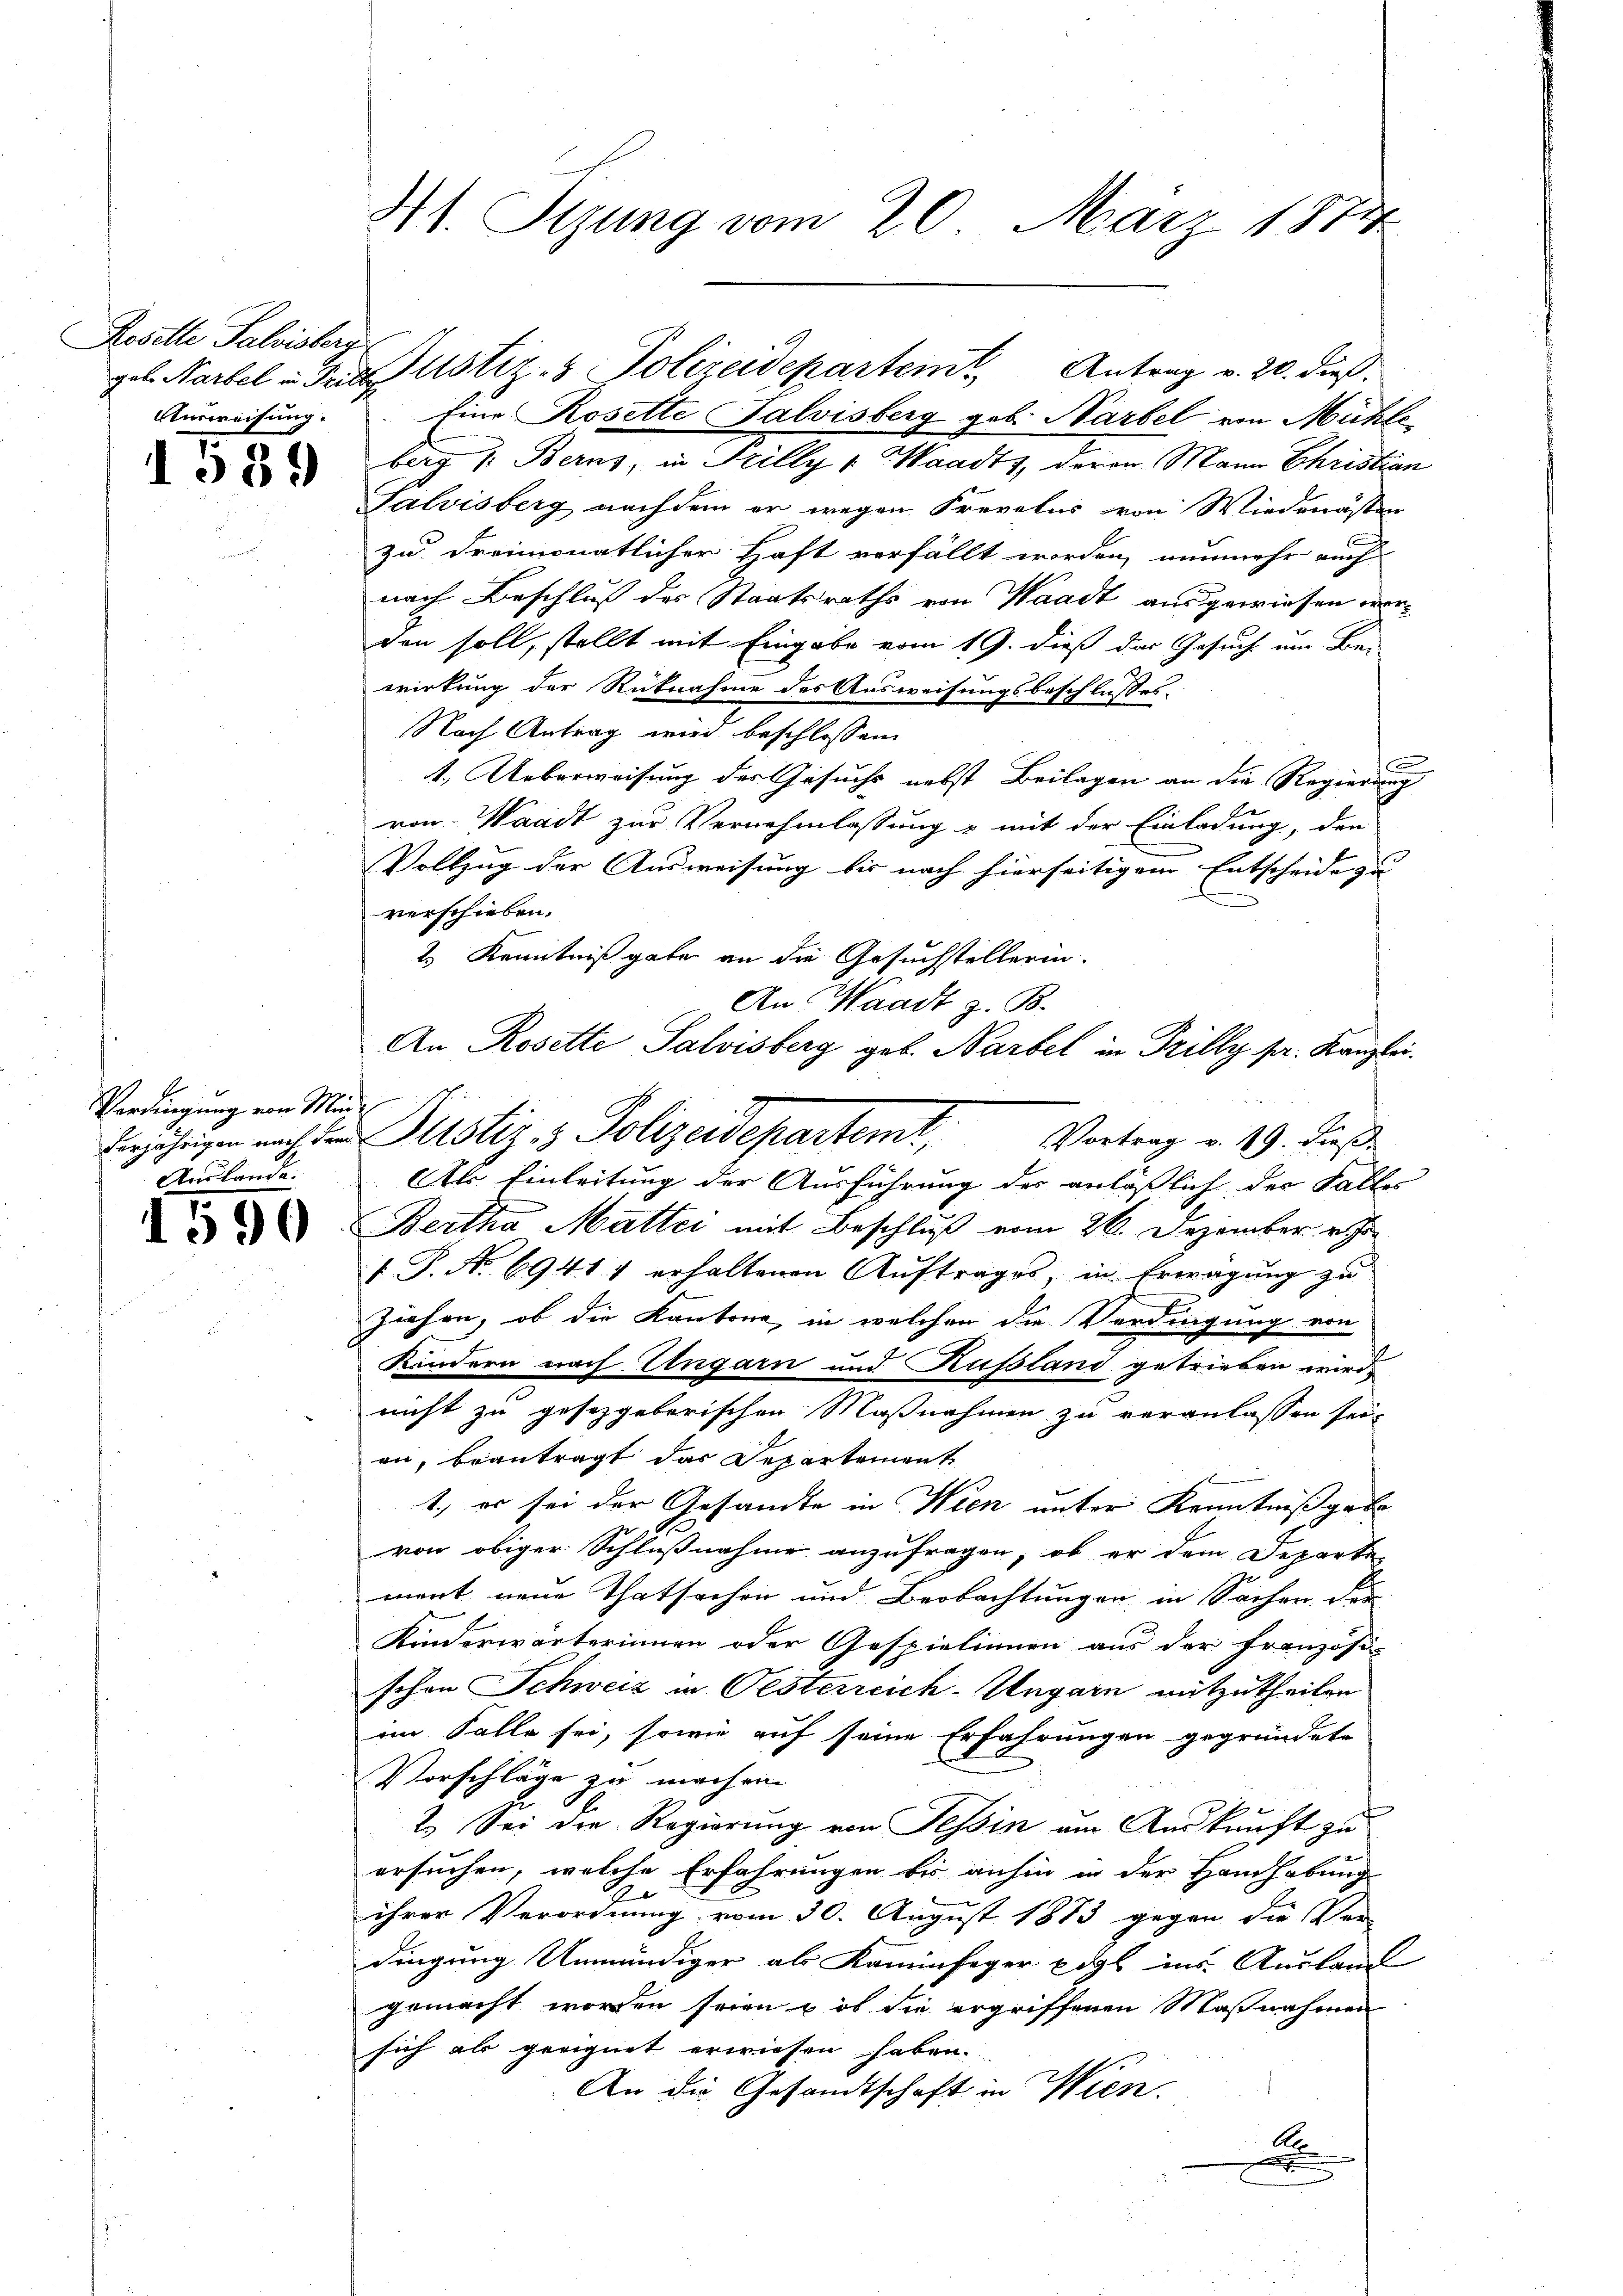
Rosette Salvisberg
Ausweisung.

1539

Verdingung von Min¬
Austande.

1590

41. Sezung vom 20. März 1874

gel. Narbel u. Tries ustiz- & Polizeidepartem Antrag v. 20. dieß.

Eine Rosette Salvisberg geb. Narbel von Mühle
berg 1. Berns, in Trilly v. Waadt, deren Mann Christian
Salvisberg nachdem er wegen Frevetus von Wiedenasten
zu dreimonatlicher Haft verfällt worden, nunmehr auch
nach Beschluß des Staatsraths von Waadt ausgewiesen werden soll, stellt mit Eingabe vom 19. dieß das Gesuch um Be-
wirkung der Rücknahme des Ausweisungsbeschlußes.
Nach Antrag wird beschlossen:
1. Ueberweisung des Gesuchs nebst Beilagen an die Regierung
von Waadt zur Vernehmlassung & mit der Einladung, den
Vollzug der Ausweisung bis nach hierseitigem Entscheide zu |
verschieben.
2.) Kenntniß gabe an die Gesuchstellerin.
Ak Einleitung der Ausführung des anläßlich, der Falles
Bertha Mattei mit Beschluß vom 26. Dezember v. Js
 P. No 6941 erhaltenen Auftrages, in Erwägung zu
ziehen, ob die Kantone in welchen die Verdingung von
Kondern nach Ungarn und Russland getrieben wird,
nicht zu gesetzgeberischen Maßnahmen zu veranlassen sei,
en, beantragt das Departement
1., er sei der Gesandte in Wien unter Kenntniß gebe
von obiger Schlußnahme anzufragen, ob er dem Departe-
ment neue Thatsachen und Beobachtungen in Sachen der
Kinderwärterinnen oder Gespielinnen aus der Französi-
schen Schweiz in Oesterreich-Ungarn mitzutheilen
im Falle sei, sowie auf seine Erfahrungen gegründete
Vorschläge zu machen
2.) Sei die Regierung von Tessin um Auskunft zu
ersuchen, welche Erfahrungen bis anhin in der Handhabung
ihrer Verordnung vom 30. August 1873 gegen die Ver-
dingung Unmündiger als Kaminfeger pigl ins Auslang
gemacht worden seien, ob die ergriffenen Maßnahmen
sich als geeignet erwiesen haben.
An die Gesandtschaft in Wien.
Al

An Waadt z. B.
An Rosette Salvisberg geb. Narbel in Trilly pr. Kanzlei.
derjährigen auch der Justiz- & Polizeidepartemt,
Vortrag v. 19. dieß.